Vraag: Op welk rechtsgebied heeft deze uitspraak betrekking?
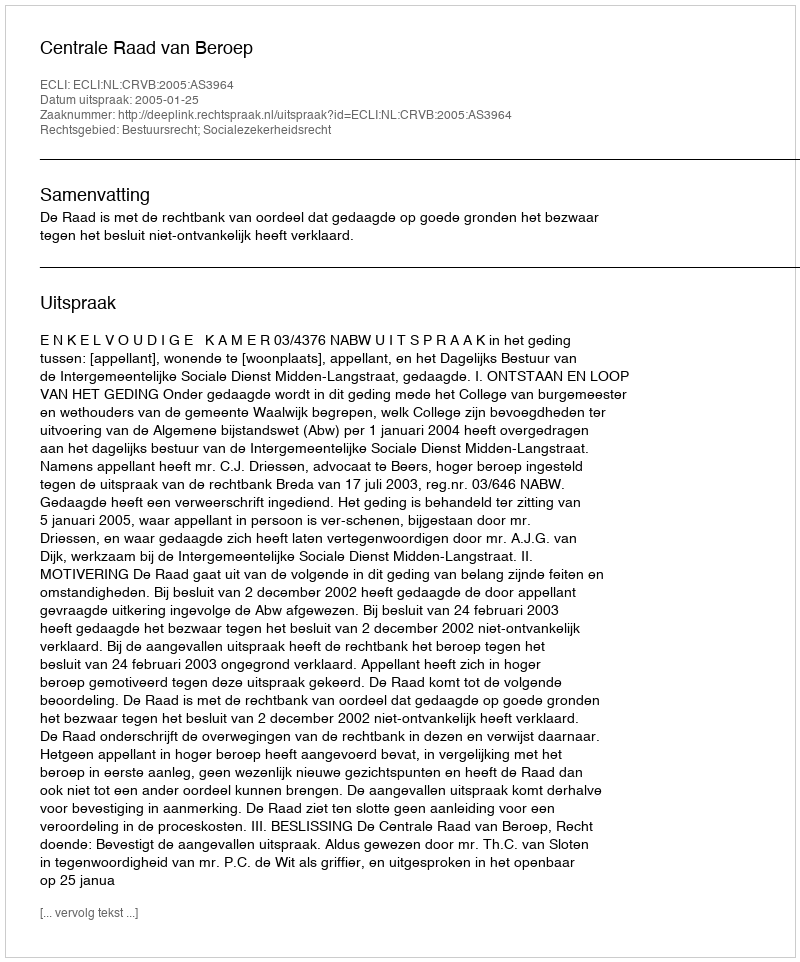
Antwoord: Bestuursrecht; Socialezekerheidsrecht